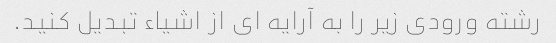
رشته ورودی زیر را به آرایه ای از اشیاء تبدیل کنید.